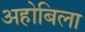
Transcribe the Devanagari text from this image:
अहोबिला